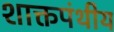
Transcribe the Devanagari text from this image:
शाक्तपंथीय